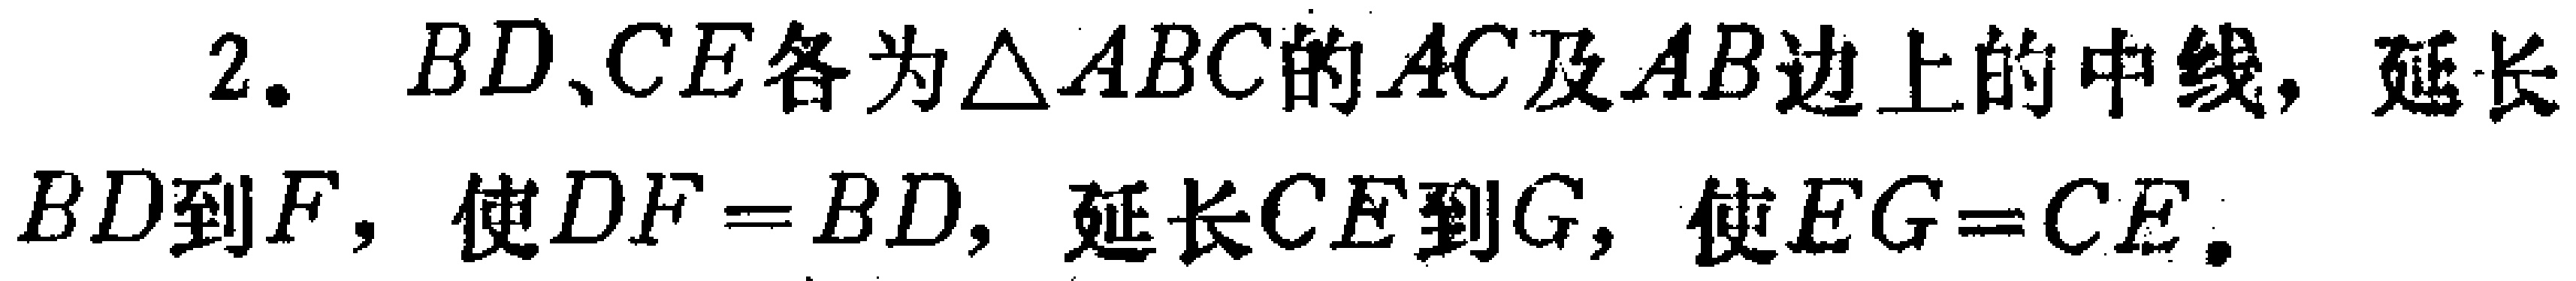
2. $BD、CE$各为$\triangle ABC$的$AC$及$AB$边上的中线，延长$BD$到$F$，使$DF = BD$，延长$CE$到$G$，使$EG = CE$。